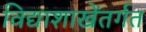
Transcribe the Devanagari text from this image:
विद्याशाखेंतर्गत